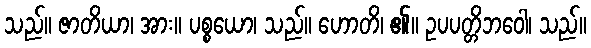
သည်။ ဇာတိယာ၊ အား။ ပစ္စယော၊ သည်။ ဟောတိ၊ ၏။ ဥပပတ္တိဘဝေါ၊ သည်။